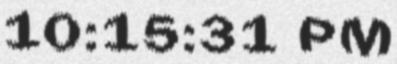
10:15:31 PM